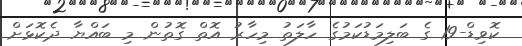
ކޮވިޑް-19 ގެ ބަލިމަޑުކަމުގެ ހާލަތު މިހާރު އޮތް ގޮތުން މި ބައްޔާ ދެކޮޅަށް